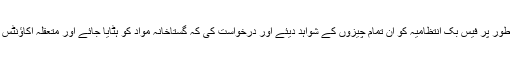
پاکستانی حکومت نے باقاعدہ طور پر فیس بک انتظامیہ کو ان تمام چیزوں کے شواہد دیئے اور درخواست کی کہ گستاخانہ مواد کو ہٹایا جائے اور متعقلہ اکاؤنٹس اور پیجز کو بلاک کیا جائے۔